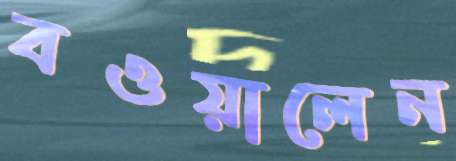
বওয়ালেন